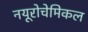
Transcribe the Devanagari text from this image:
नयूरोचेमिकल